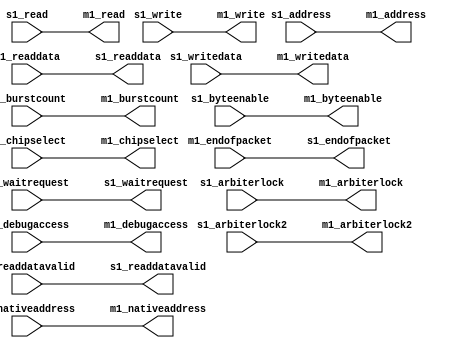
//Legal Notice: (C)2011 Altera Corporation. All rights reserved.  Your
//use of Altera Corporation's design tools, logic functions and other
//software and tools, and its AMPP partner logic functions, and any
//output files any of the foregoing (including device programming or
//simulation files), and any associated documentation or information are
//expressly subject to the terms and conditions of the Altera Program
//License Subscription Agreement or other applicable license agreement,
//including, without limitation, that your use is for the sole purpose
//of programming logic devices manufactured by Altera and sold by Altera
//or its authorized distributors.  Please refer to the applicable
//agreement for further details.

// synthesis translate_off
`timescale 1ns / 1ps
// synthesis translate_on

// turn off superfluous verilog processor warnings 
// altera message_level Level1 
// altera message_off 10034 10035 10036 10037 10230 10240 10030 

module pipeline_bridge_ACCEL_downstream_adapter (
                                                  // inputs:
                                                   m1_endofpacket,
                                                   m1_readdata,
                                                   m1_readdatavalid,
                                                   m1_waitrequest,
                                                   s1_address,
                                                   s1_arbiterlock,
                                                   s1_arbiterlock2,
                                                   s1_burstcount,
                                                   s1_byteenable,
                                                   s1_chipselect,
                                                   s1_debugaccess,
                                                   s1_nativeaddress,
                                                   s1_read,
                                                   s1_write,
                                                   s1_writedata,

                                                  // outputs:
                                                   m1_address,
                                                   m1_arbiterlock,
                                                   m1_arbiterlock2,
                                                   m1_burstcount,
                                                   m1_byteenable,
                                                   m1_chipselect,
                                                   m1_debugaccess,
                                                   m1_nativeaddress,
                                                   m1_read,
                                                   m1_write,
                                                   m1_writedata,
                                                   s1_endofpacket,
                                                   s1_readdata,
                                                   s1_readdatavalid,
                                                   s1_waitrequest
                                                )
;

  output  [ 31: 0] m1_address;
  output           m1_arbiterlock;
  output           m1_arbiterlock2;
  output           m1_burstcount;
  output  [  3: 0] m1_byteenable;
  output           m1_chipselect;
  output           m1_debugaccess;
  output  [ 29: 0] m1_nativeaddress;
  output           m1_read;
  output           m1_write;
  output  [ 31: 0] m1_writedata;
  output           s1_endofpacket;
  output  [ 31: 0] s1_readdata;
  output           s1_readdatavalid;
  output           s1_waitrequest;
  input            m1_endofpacket;
  input   [ 31: 0] m1_readdata;
  input            m1_readdatavalid;
  input            m1_waitrequest;
  input   [ 31: 0] s1_address;
  input            s1_arbiterlock;
  input            s1_arbiterlock2;
  input            s1_burstcount;
  input   [  3: 0] s1_byteenable;
  input            s1_chipselect;
  input            s1_debugaccess;
  input   [ 29: 0] s1_nativeaddress;
  input            s1_read;
  input            s1_write;
  input   [ 31: 0] s1_writedata;

  wire    [ 31: 0] m1_address;
  wire             m1_arbiterlock;
  wire             m1_arbiterlock2;
  wire             m1_burstcount;
  wire    [  3: 0] m1_byteenable;
  wire             m1_chipselect;
  wire             m1_debugaccess;
  wire    [ 29: 0] m1_nativeaddress;
  wire             m1_read;
  wire             m1_write;
  wire    [ 31: 0] m1_writedata;
  wire             s1_endofpacket;
  wire    [ 31: 0] s1_readdata;
  wire             s1_readdatavalid;
  wire             s1_waitrequest;
  //s1, which is an e_avalon_adapter_slave
  //m1, which is an e_avalon_adapter_master
  assign s1_endofpacket = m1_endofpacket;
  assign s1_readdata = m1_readdata;
  assign s1_readdatavalid = m1_readdatavalid;
  assign s1_waitrequest = m1_waitrequest;
  assign m1_address = s1_address;
  assign m1_arbiterlock = s1_arbiterlock;
  assign m1_arbiterlock2 = s1_arbiterlock2;
  assign m1_burstcount = s1_burstcount;
  assign m1_byteenable = s1_byteenable;
  assign m1_chipselect = s1_chipselect;
  assign m1_debugaccess = s1_debugaccess;
  assign m1_nativeaddress = s1_nativeaddress;
  assign m1_read = s1_read;
  assign m1_write = s1_write;
  assign m1_writedata = s1_writedata;

endmodule



// turn off superfluous verilog processor warnings 
// altera message_level Level1 
// altera message_off 10034 10035 10036 10037 10230 10240 10030 

module pipeline_bridge_ACCEL_upstream_adapter (
                                                // inputs:
                                                 m1_clk,
                                                 m1_endofpacket,
                                                 m1_readdata,
                                                 m1_readdatavalid,
                                                 m1_reset_n,
                                                 m1_waitrequest,
                                                 s1_address,
                                                 s1_arbiterlock,
                                                 s1_arbiterlock2,
                                                 s1_burstcount,
                                                 s1_byteenable,
                                                 s1_chipselect,
                                                 s1_clk,
                                                 s1_debugaccess,
                                                 s1_flush,
                                                 s1_nativeaddress,
                                                 s1_read,
                                                 s1_reset_n,
                                                 s1_write,
                                                 s1_writedata,

                                                // outputs:
                                                 m1_address,
                                                 m1_arbiterlock,
                                                 m1_arbiterlock2,
                                                 m1_burstcount,
                                                 m1_byteenable,
                                                 m1_chipselect,
                                                 m1_debugaccess,
                                                 m1_nativeaddress,
                                                 m1_read,
                                                 m1_write,
                                                 m1_writedata,
                                                 s1_endofpacket,
                                                 s1_readdata,
                                                 s1_readdatavalid,
                                                 s1_waitrequest
                                              )
;

  output  [ 31: 0] m1_address;
  output           m1_arbiterlock;
  output           m1_arbiterlock2;
  output           m1_burstcount;
  output  [  3: 0] m1_byteenable;
  output           m1_chipselect;
  output           m1_debugaccess;
  output  [ 29: 0] m1_nativeaddress;
  output           m1_read;
  output           m1_write;
  output  [ 31: 0] m1_writedata;
  output           s1_endofpacket;
  output  [ 31: 0] s1_readdata;
  output           s1_readdatavalid;
  output           s1_waitrequest;
  input            m1_clk;
  input            m1_endofpacket;
  input   [ 31: 0] m1_readdata;
  input            m1_readdatavalid;
  input            m1_reset_n;
  input            m1_waitrequest;
  input   [ 31: 0] s1_address;
  input            s1_arbiterlock;
  input            s1_arbiterlock2;
  input            s1_burstcount;
  input   [  3: 0] s1_byteenable;
  input            s1_chipselect;
  input            s1_clk;
  input            s1_debugaccess;
  input            s1_flush;
  input   [ 29: 0] s1_nativeaddress;
  input            s1_read;
  input            s1_reset_n;
  input            s1_write;
  input   [ 31: 0] s1_writedata;

  wire    [ 31: 0] m1_address;
  wire             m1_arbiterlock;
  wire             m1_arbiterlock2;
  wire             m1_burstcount;
  wire    [  3: 0] m1_byteenable;
  wire             m1_chipselect;
  wire             m1_debugaccess;
  wire    [ 29: 0] m1_nativeaddress;
  wire             m1_read;
  wire             m1_write;
  wire    [ 31: 0] m1_writedata;
  reg              s1_endofpacket;
  reg     [ 31: 0] s1_readdata;
  reg              s1_readdatavalid;
  wire             s1_waitrequest;
  //s1, which is an e_avalon_adapter_slave
  //m1, which is an e_avalon_adapter_master
  always @(posedge s1_clk or negedge s1_reset_n)
    begin
      if (s1_reset_n == 0)
          s1_readdatavalid <= 0;
      else if (s1_flush)
          s1_readdatavalid <= 0;
      else 
        s1_readdatavalid <= m1_readdatavalid;
    end


  assign s1_waitrequest = m1_waitrequest;
  always @(posedge m1_clk or negedge m1_reset_n)
    begin
      if (m1_reset_n == 0)
          s1_endofpacket <= 0;
      else if (m1_readdatavalid)
          s1_endofpacket <= m1_endofpacket;
    end


  always @(posedge m1_clk or negedge m1_reset_n)
    begin
      if (m1_reset_n == 0)
          s1_readdata <= 0;
      else if (m1_readdatavalid)
          s1_readdata <= m1_readdata;
    end


  assign m1_address = s1_address;
  assign m1_arbiterlock = s1_arbiterlock;
  assign m1_arbiterlock2 = s1_arbiterlock2;
  assign m1_burstcount = s1_burstcount;
  assign m1_byteenable = s1_byteenable;
  assign m1_chipselect = s1_chipselect;
  assign m1_debugaccess = s1_debugaccess;
  assign m1_nativeaddress = s1_nativeaddress;
  assign m1_read = s1_read;
  assign m1_write = s1_write;
  assign m1_writedata = s1_writedata;

endmodule



// turn off superfluous verilog processor warnings 
// altera message_level Level1 
// altera message_off 10034 10035 10036 10037 10230 10240 10030 

module pipeline_bridge_ACCEL_waitrequest_adapter (
                                                   // inputs:
                                                    m1_endofpacket,
                                                    m1_readdata,
                                                    m1_readdatavalid,
                                                    m1_waitrequest,
                                                    s1_address,
                                                    s1_arbiterlock,
                                                    s1_arbiterlock2,
                                                    s1_burstcount,
                                                    s1_byteenable,
                                                    s1_chipselect,
                                                    s1_debugaccess,
                                                    s1_nativeaddress,
                                                    s1_read,
                                                    s1_write,
                                                    s1_writedata,

                                                   // outputs:
                                                    m1_address,
                                                    m1_arbiterlock,
                                                    m1_arbiterlock2,
                                                    m1_burstcount,
                                                    m1_byteenable,
                                                    m1_chipselect,
                                                    m1_debugaccess,
                                                    m1_nativeaddress,
                                                    m1_read,
                                                    m1_write,
                                                    m1_writedata,
                                                    s1_endofpacket,
                                                    s1_readdata,
                                                    s1_readdatavalid,
                                                    s1_waitrequest
                                                 )
;

  output  [ 31: 0] m1_address;
  output           m1_arbiterlock;
  output           m1_arbiterlock2;
  output           m1_burstcount;
  output  [  3: 0] m1_byteenable;
  output           m1_chipselect;
  output           m1_debugaccess;
  output  [ 29: 0] m1_nativeaddress;
  output           m1_read;
  output           m1_write;
  output  [ 31: 0] m1_writedata;
  output           s1_endofpacket;
  output  [ 31: 0] s1_readdata;
  output           s1_readdatavalid;
  output           s1_waitrequest;
  input            m1_endofpacket;
  input   [ 31: 0] m1_readdata;
  input            m1_readdatavalid;
  input            m1_waitrequest;
  input   [ 31: 0] s1_address;
  input            s1_arbiterlock;
  input            s1_arbiterlock2;
  input            s1_burstcount;
  input   [  3: 0] s1_byteenable;
  input            s1_chipselect;
  input            s1_debugaccess;
  input   [ 29: 0] s1_nativeaddress;
  input            s1_read;
  input            s1_write;
  input   [ 31: 0] s1_writedata;

  wire    [ 31: 0] m1_address;
  wire             m1_arbiterlock;
  wire             m1_arbiterlock2;
  wire             m1_burstcount;
  wire    [  3: 0] m1_byteenable;
  wire             m1_chipselect;
  wire             m1_debugaccess;
  wire    [ 29: 0] m1_nativeaddress;
  wire             m1_read;
  wire             m1_write;
  wire    [ 31: 0] m1_writedata;
  wire             s1_endofpacket;
  wire    [ 31: 0] s1_readdata;
  wire             s1_readdatavalid;
  wire             s1_waitrequest;
  //s1, which is an e_avalon_adapter_slave
  //m1, which is an e_avalon_adapter_master
  assign s1_endofpacket = m1_endofpacket;
  assign s1_readdata = m1_readdata;
  assign s1_readdatavalid = m1_readdatavalid;
  assign s1_waitrequest = m1_waitrequest;
  assign m1_address = s1_address;
  assign m1_arbiterlock = s1_arbiterlock;
  assign m1_arbiterlock2 = s1_arbiterlock2;
  assign m1_burstcount = s1_burstcount;
  assign m1_byteenable = s1_byteenable;
  assign m1_chipselect = s1_chipselect;
  assign m1_debugaccess = s1_debugaccess;
  assign m1_nativeaddress = s1_nativeaddress;
  assign m1_read = s1_read;
  assign m1_write = s1_write;
  assign m1_writedata = s1_writedata;

endmodule



// turn off superfluous verilog processor warnings 
// altera message_level Level1 
// altera message_off 10034 10035 10036 10037 10230 10240 10030 

module pipeline_bridge_ACCEL (
                               // inputs:
                                clk,
                                m1_endofpacket,
                                m1_readdata,
                                m1_readdatavalid,
                                m1_waitrequest,
                                reset_n,
                                s1_address,
                                s1_arbiterlock,
                                s1_arbiterlock2,
                                s1_burstcount,
                                s1_byteenable,
                                s1_chipselect,
                                s1_debugaccess,
                                s1_nativeaddress,
                                s1_read,
                                s1_write,
                                s1_writedata,

                               // outputs:
                                m1_address,
                                m1_burstcount,
                                m1_byteenable,
                                m1_chipselect,
                                m1_debugaccess,
                                m1_read,
                                m1_write,
                                m1_writedata,
                                s1_endofpacket,
                                s1_readdata,
                                s1_readdatavalid,
                                s1_waitrequest
                             )
;

  output  [ 31: 0] m1_address;
  output           m1_burstcount;
  output  [  3: 0] m1_byteenable;
  output           m1_chipselect;
  output           m1_debugaccess;
  output           m1_read;
  output           m1_write;
  output  [ 31: 0] m1_writedata;
  output           s1_endofpacket;
  output  [ 31: 0] s1_readdata;
  output           s1_readdatavalid;
  output           s1_waitrequest;
  input            clk;
  input            m1_endofpacket;
  input   [ 31: 0] m1_readdata;
  input            m1_readdatavalid;
  input            m1_waitrequest;
  input            reset_n;
  input   [ 29: 0] s1_address;
  input            s1_arbiterlock;
  input            s1_arbiterlock2;
  input            s1_burstcount;
  input   [  3: 0] s1_byteenable;
  input            s1_chipselect;
  input            s1_debugaccess;
  input   [ 29: 0] s1_nativeaddress;
  input            s1_read;
  input            s1_write;
  input   [ 31: 0] s1_writedata;

  wire    [ 31: 0] downstream_m1_address;
  wire             downstream_m1_arbiterlock;
  wire             downstream_m1_arbiterlock2;
  wire             downstream_m1_burstcount;
  wire    [  3: 0] downstream_m1_byteenable;
  wire             downstream_m1_chipselect;
  wire             downstream_m1_debugaccess;
  wire             downstream_m1_endofpacket;
  wire    [ 29: 0] downstream_m1_nativeaddress;
  wire             downstream_m1_read;
  wire    [ 31: 0] downstream_m1_readdata;
  wire             downstream_m1_readdatavalid;
  wire             downstream_m1_waitrequest;
  wire             downstream_m1_write;
  wire    [ 31: 0] downstream_m1_writedata;
  wire    [ 31: 0] downstream_s1_address;
  wire             downstream_s1_arbiterlock;
  wire             downstream_s1_arbiterlock2;
  wire             downstream_s1_burstcount;
  wire    [  3: 0] downstream_s1_byteenable;
  wire             downstream_s1_chipselect;
  wire             downstream_s1_debugaccess;
  wire             downstream_s1_endofpacket;
  wire    [ 29: 0] downstream_s1_nativeaddress;
  wire             downstream_s1_read;
  wire    [ 31: 0] downstream_s1_readdata;
  wire             downstream_s1_readdatavalid;
  wire             downstream_s1_waitrequest;
  wire             downstream_s1_write;
  wire    [ 31: 0] downstream_s1_writedata;
  wire    [ 31: 0] m1_address;
  wire             m1_arbiterlock;
  wire             m1_arbiterlock2;
  wire             m1_burstcount;
  wire    [  3: 0] m1_byteenable;
  wire             m1_chipselect;
  wire             m1_debugaccess;
  wire    [ 29: 0] m1_nativeaddress;
  wire             m1_read;
  wire             m1_write;
  wire    [ 31: 0] m1_writedata;
  wire             s1_endofpacket;
  wire    [ 31: 0] s1_readdata;
  wire             s1_readdatavalid;
  wire             s1_waitrequest;
  wire    [ 31: 0] upstream_m1_address;
  wire             upstream_m1_arbiterlock;
  wire             upstream_m1_arbiterlock2;
  wire             upstream_m1_burstcount;
  wire    [  3: 0] upstream_m1_byteenable;
  wire             upstream_m1_chipselect;
  wire             upstream_m1_debugaccess;
  wire             upstream_m1_endofpacket;
  wire    [ 29: 0] upstream_m1_nativeaddress;
  wire             upstream_m1_read;
  wire    [ 31: 0] upstream_m1_readdata;
  wire             upstream_m1_readdatavalid;
  wire             upstream_m1_waitrequest;
  wire             upstream_m1_write;
  wire    [ 31: 0] upstream_m1_writedata;
  wire    [ 31: 0] upstream_s1_address;
  wire             upstream_s1_arbiterlock;
  wire             upstream_s1_arbiterlock2;
  wire             upstream_s1_burstcount;
  wire    [  3: 0] upstream_s1_byteenable;
  wire             upstream_s1_chipselect;
  wire             upstream_s1_debugaccess;
  wire             upstream_s1_endofpacket;
  wire    [ 29: 0] upstream_s1_nativeaddress;
  wire             upstream_s1_read;
  wire    [ 31: 0] upstream_s1_readdata;
  wire             upstream_s1_readdatavalid;
  wire             upstream_s1_waitrequest;
  wire             upstream_s1_write;
  wire    [ 31: 0] upstream_s1_writedata;
  wire    [ 31: 0] waitrequest_m1_address;
  wire             waitrequest_m1_arbiterlock;
  wire             waitrequest_m1_arbiterlock2;
  wire             waitrequest_m1_burstcount;
  wire    [  3: 0] waitrequest_m1_byteenable;
  wire             waitrequest_m1_chipselect;
  wire             waitrequest_m1_debugaccess;
  wire             waitrequest_m1_endofpacket;
  wire    [ 29: 0] waitrequest_m1_nativeaddress;
  wire             waitrequest_m1_read;
  wire    [ 31: 0] waitrequest_m1_readdata;
  wire             waitrequest_m1_readdatavalid;
  wire             waitrequest_m1_waitrequest;
  wire             waitrequest_m1_write;
  wire    [ 31: 0] waitrequest_m1_writedata;
  wire    [ 31: 0] waitrequest_s1_address;
  wire             waitrequest_s1_arbiterlock;
  wire             waitrequest_s1_arbiterlock2;
  wire             waitrequest_s1_burstcount;
  wire    [  3: 0] waitrequest_s1_byteenable;
  wire             waitrequest_s1_chipselect;
  wire             waitrequest_s1_debugaccess;
  wire             waitrequest_s1_endofpacket;
  wire    [ 29: 0] waitrequest_s1_nativeaddress;
  wire             waitrequest_s1_read;
  wire    [ 31: 0] waitrequest_s1_readdata;
  wire             waitrequest_s1_readdatavalid;
  wire             waitrequest_s1_waitrequest;
  wire             waitrequest_s1_write;
  wire    [ 31: 0] waitrequest_s1_writedata;
  pipeline_bridge_ACCEL_downstream_adapter the_pipeline_bridge_ACCEL_downstream_adapter
    (
      .m1_address       (downstream_m1_address),
      .m1_arbiterlock   (downstream_m1_arbiterlock),
      .m1_arbiterlock2  (downstream_m1_arbiterlock2),
      .m1_burstcount    (downstream_m1_burstcount),
      .m1_byteenable    (downstream_m1_byteenable),
      .m1_chipselect    (downstream_m1_chipselect),
      .m1_debugaccess   (downstream_m1_debugaccess),
      .m1_endofpacket   (downstream_m1_endofpacket),
      .m1_nativeaddress (downstream_m1_nativeaddress),
      .m1_read          (downstream_m1_read),
      .m1_readdata      (downstream_m1_readdata),
      .m1_readdatavalid (downstream_m1_readdatavalid),
      .m1_waitrequest   (downstream_m1_waitrequest),
      .m1_write         (downstream_m1_write),
      .m1_writedata     (downstream_m1_writedata),
      .s1_address       (downstream_s1_address),
      .s1_arbiterlock   (downstream_s1_arbiterlock),
      .s1_arbiterlock2  (downstream_s1_arbiterlock2),
      .s1_burstcount    (downstream_s1_burstcount),
      .s1_byteenable    (downstream_s1_byteenable),
      .s1_chipselect    (downstream_s1_chipselect),
      .s1_debugaccess   (downstream_s1_debugaccess),
      .s1_endofpacket   (downstream_s1_endofpacket),
      .s1_nativeaddress (downstream_s1_nativeaddress),
      .s1_read          (downstream_s1_read),
      .s1_readdata      (downstream_s1_readdata),
      .s1_readdatavalid (downstream_s1_readdatavalid),
      .s1_waitrequest   (downstream_s1_waitrequest),
      .s1_write         (downstream_s1_write),
      .s1_writedata     (downstream_s1_writedata)
    );

  pipeline_bridge_ACCEL_upstream_adapter the_pipeline_bridge_ACCEL_upstream_adapter
    (
      .m1_address       (upstream_m1_address),
      .m1_arbiterlock   (upstream_m1_arbiterlock),
      .m1_arbiterlock2  (upstream_m1_arbiterlock2),
      .m1_burstcount    (upstream_m1_burstcount),
      .m1_byteenable    (upstream_m1_byteenable),
      .m1_chipselect    (upstream_m1_chipselect),
      .m1_clk           (clk),
      .m1_debugaccess   (upstream_m1_debugaccess),
      .m1_endofpacket   (upstream_m1_endofpacket),
      .m1_nativeaddress (upstream_m1_nativeaddress),
      .m1_read          (upstream_m1_read),
      .m1_readdata      (upstream_m1_readdata),
      .m1_readdatavalid (upstream_m1_readdatavalid),
      .m1_reset_n       (reset_n),
      .m1_waitrequest   (upstream_m1_waitrequest),
      .m1_write         (upstream_m1_write),
      .m1_writedata     (upstream_m1_writedata),
      .s1_address       (upstream_s1_address),
      .s1_arbiterlock   (upstream_s1_arbiterlock),
      .s1_arbiterlock2  (upstream_s1_arbiterlock2),
      .s1_burstcount    (upstream_s1_burstcount),
      .s1_byteenable    (upstream_s1_byteenable),
      .s1_chipselect    (upstream_s1_chipselect),
      .s1_clk           (clk),
      .s1_debugaccess   (upstream_s1_debugaccess),
      .s1_endofpacket   (upstream_s1_endofpacket),
      .s1_flush         (1'b0),
      .s1_nativeaddress (upstream_s1_nativeaddress),
      .s1_read          (upstream_s1_read),
      .s1_readdata      (upstream_s1_readdata),
      .s1_readdatavalid (upstream_s1_readdatavalid),
      .s1_reset_n       (reset_n),
      .s1_waitrequest   (upstream_s1_waitrequest),
      .s1_write         (upstream_s1_write),
      .s1_writedata     (upstream_s1_writedata)
    );

  pipeline_bridge_ACCEL_waitrequest_adapter the_pipeline_bridge_ACCEL_waitrequest_adapter
    (
      .m1_address       (waitrequest_m1_address),
      .m1_arbiterlock   (waitrequest_m1_arbiterlock),
      .m1_arbiterlock2  (waitrequest_m1_arbiterlock2),
      .m1_burstcount    (waitrequest_m1_burstcount),
      .m1_byteenable    (waitrequest_m1_byteenable),
      .m1_chipselect    (waitrequest_m1_chipselect),
      .m1_debugaccess   (waitrequest_m1_debugaccess),
      .m1_endofpacket   (waitrequest_m1_endofpacket),
      .m1_nativeaddress (waitrequest_m1_nativeaddress),
      .m1_read          (waitrequest_m1_read),
      .m1_readdata      (waitrequest_m1_readdata),
      .m1_readdatavalid (waitrequest_m1_readdatavalid),
      .m1_waitrequest   (waitrequest_m1_waitrequest),
      .m1_write         (waitrequest_m1_write),
      .m1_writedata     (waitrequest_m1_writedata),
      .s1_address       (waitrequest_s1_address),
      .s1_arbiterlock   (waitrequest_s1_arbiterlock),
      .s1_arbiterlock2  (waitrequest_s1_arbiterlock2),
      .s1_burstcount    (waitrequest_s1_burstcount),
      .s1_byteenable    (waitrequest_s1_byteenable),
      .s1_chipselect    (waitrequest_s1_chipselect),
      .s1_debugaccess   (waitrequest_s1_debugaccess),
      .s1_endofpacket   (waitrequest_s1_endofpacket),
      .s1_nativeaddress (waitrequest_s1_nativeaddress),
      .s1_read          (waitrequest_s1_read),
      .s1_readdata      (waitrequest_s1_readdata),
      .s1_readdatavalid (waitrequest_s1_readdatavalid),
      .s1_waitrequest   (waitrequest_s1_waitrequest),
      .s1_write         (waitrequest_s1_write),
      .s1_writedata     (waitrequest_s1_writedata)
    );

  assign m1_nativeaddress = downstream_m1_nativeaddress;
  assign downstream_s1_nativeaddress = upstream_m1_nativeaddress;
  assign upstream_s1_nativeaddress = waitrequest_m1_nativeaddress;
  assign waitrequest_s1_nativeaddress = s1_nativeaddress;
  assign m1_debugaccess = downstream_m1_debugaccess;
  assign downstream_s1_debugaccess = upstream_m1_debugaccess;
  assign upstream_s1_debugaccess = waitrequest_m1_debugaccess;
  assign waitrequest_s1_debugaccess = s1_debugaccess;
  assign m1_arbiterlock = downstream_m1_arbiterlock;
  assign downstream_s1_arbiterlock = upstream_m1_arbiterlock;
  assign upstream_s1_arbiterlock = waitrequest_m1_arbiterlock;
  assign waitrequest_s1_arbiterlock = s1_arbiterlock;
  assign m1_writedata = downstream_m1_writedata;
  assign downstream_s1_writedata = upstream_m1_writedata;
  assign upstream_s1_writedata = waitrequest_m1_writedata;
  assign waitrequest_s1_writedata = s1_writedata;
  assign m1_chipselect = downstream_m1_chipselect;
  assign downstream_s1_chipselect = upstream_m1_chipselect;
  assign upstream_s1_chipselect = waitrequest_m1_chipselect;
  assign waitrequest_s1_chipselect = s1_chipselect;
  assign m1_burstcount = downstream_m1_burstcount;
  assign downstream_s1_burstcount = upstream_m1_burstcount;
  assign upstream_s1_burstcount = waitrequest_m1_burstcount;
  assign waitrequest_s1_burstcount = s1_burstcount;
  assign m1_byteenable = downstream_m1_byteenable;
  assign downstream_s1_byteenable = upstream_m1_byteenable;
  assign upstream_s1_byteenable = waitrequest_m1_byteenable;
  assign waitrequest_s1_byteenable = s1_byteenable;
  assign m1_arbiterlock2 = downstream_m1_arbiterlock2;
  assign downstream_s1_arbiterlock2 = upstream_m1_arbiterlock2;
  assign upstream_s1_arbiterlock2 = waitrequest_m1_arbiterlock2;
  assign waitrequest_s1_arbiterlock2 = s1_arbiterlock2;
  assign m1_read = downstream_m1_read;
  assign downstream_s1_read = upstream_m1_read;
  assign upstream_s1_read = waitrequest_m1_read;
  assign waitrequest_s1_read = s1_read;
  assign m1_write = downstream_m1_write;
  assign downstream_s1_write = upstream_m1_write;
  assign upstream_s1_write = waitrequest_m1_write;
  assign waitrequest_s1_write = s1_write;
  assign waitrequest_s1_address = {s1_address, 2'b0};
  assign upstream_s1_address = waitrequest_m1_address;
  assign downstream_s1_address = upstream_m1_address;
  assign m1_address = downstream_m1_address;
  assign downstream_m1_readdatavalid = m1_readdatavalid;
  assign upstream_m1_readdatavalid = downstream_s1_readdatavalid;
  assign waitrequest_m1_readdatavalid = upstream_s1_readdatavalid;
  assign s1_readdatavalid = waitrequest_s1_readdatavalid;
  assign downstream_m1_waitrequest = m1_waitrequest;
  assign upstream_m1_waitrequest = downstream_s1_waitrequest;
  assign waitrequest_m1_waitrequest = upstream_s1_waitrequest;
  assign s1_waitrequest = waitrequest_s1_waitrequest;
  assign downstream_m1_endofpacket = m1_endofpacket;
  assign upstream_m1_endofpacket = downstream_s1_endofpacket;
  assign waitrequest_m1_endofpacket = upstream_s1_endofpacket;
  assign s1_endofpacket = waitrequest_s1_endofpacket;
  assign downstream_m1_readdata = m1_readdata;
  assign upstream_m1_readdata = downstream_s1_readdata;
  assign waitrequest_m1_readdata = upstream_s1_readdata;
  assign s1_readdata = waitrequest_s1_readdata;
  //s1, which is an e_avalon_slave
  //m1, which is an e_avalon_master

endmodule